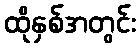
ထိုနှစ်အတွင်း